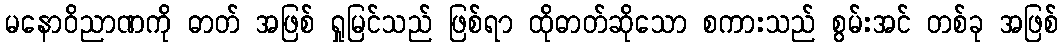
မနောဝိညာဏကို ဓာတ် အဖြစ် ရှုမြင်သည် ဖြစ်ရာ ထိုဓာတ်ဆိုသော စကားသည် စွမ်းအင် တစ်ခု အဖြစ်